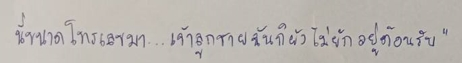
นี่ขนาดโทรเลขมา...เจ้าลูกชายฉันก็ยังไม่ยักอยู่ต้อนรับ"